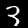
Label: 3